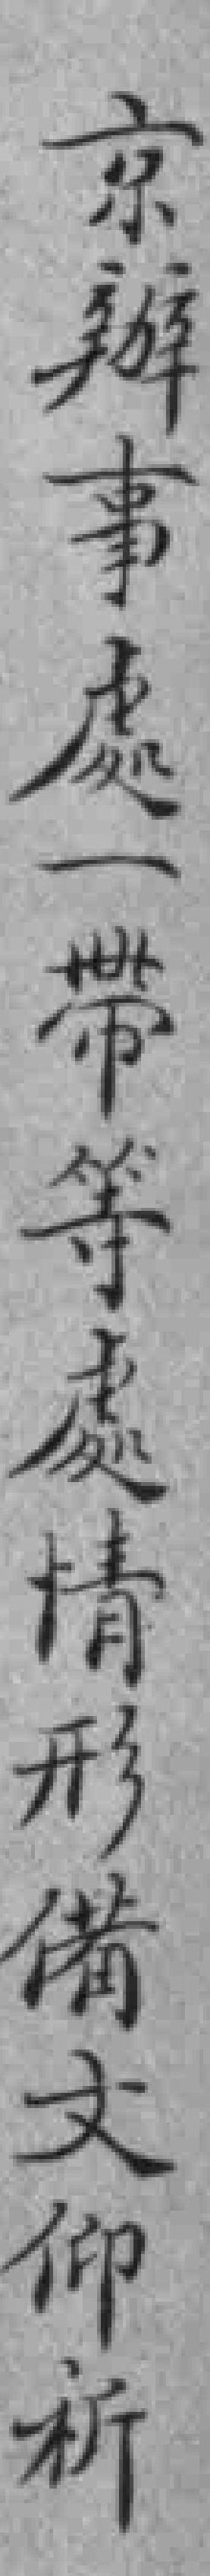
京辦事處一帶等處情形備文仰祈